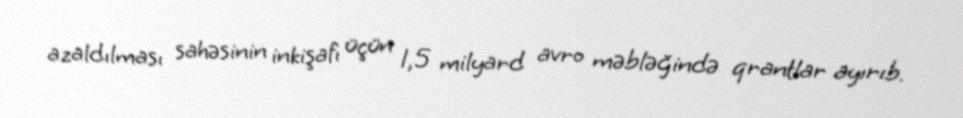
azaldılması sahəsinin inkişafı üçün 1,5 milyard avro məbləğində qrantlar ayırıb.